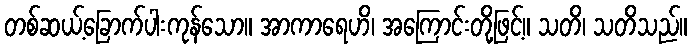
တစ်ဆယ့်ခြောက်ပါးကုန်သော။ အာကာရေဟိ၊ အကြောင်းတို့ဖြင့်။ သတိ၊ သတိသည်။